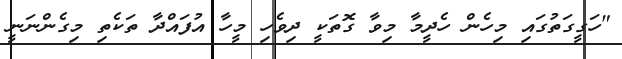
"ހަގީގަތުގައި މިހެން ހެދީމާ މިވާ ގޮތަކީ ދިވެހި މީހާ އުފައްދާ ތަކެތި މިގެންނަނީ